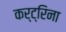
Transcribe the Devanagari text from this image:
कर्ट्रिना